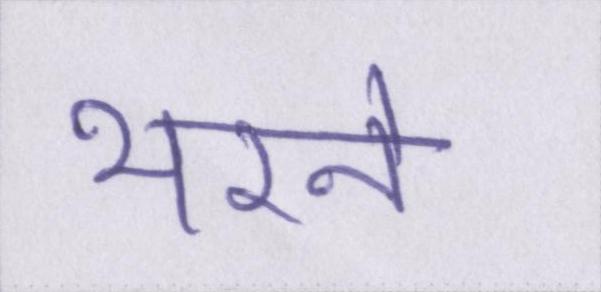
भरने